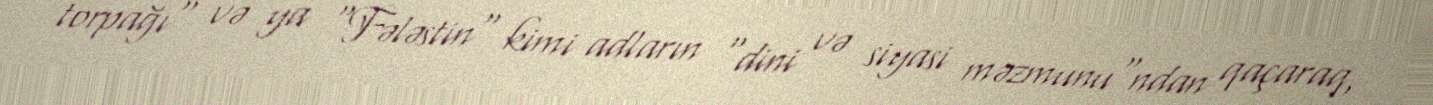
torpağı" və ya "Fələstin" kimi adların "dini və siyasi məzmunu"ndan qaçaraq,